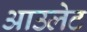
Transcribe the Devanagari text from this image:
आउलेट